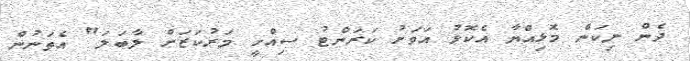
ދެން ނިކަން މޮޅިއްޔާ އެކޮޅު އަވަށު ކަރަންޓު ސިއްހީ މަރުކަޒަށް ލާބަލަ" އެތަނުން